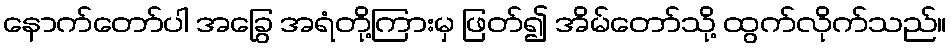
နောက်တော်ပါ အခြွေ အရံတို့ကြားမှ ဖြတ်၍ အိမ်တော်သို့ ထွက်လိုက်သည်။